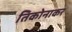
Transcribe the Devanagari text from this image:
तिकोनाकर